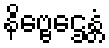
နိဗ္ဗေဌေန္တံ